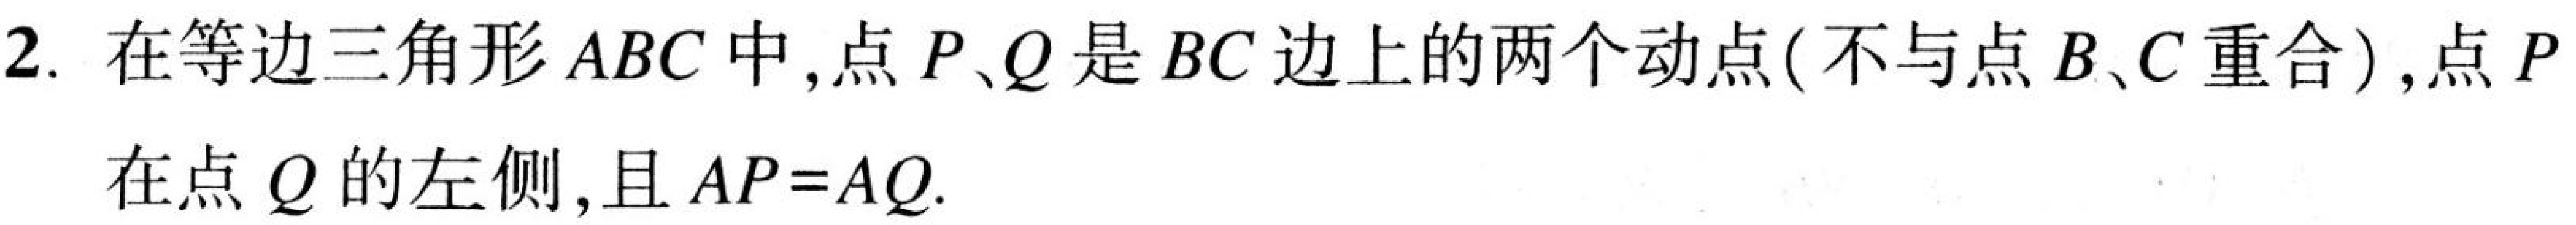
2. 在等边三角形 \(ABC\) 中,点 \(P、Q\) 是 \(BC\) 边上的两个动点(不与点 \(B、C\) 重合),点 \(P\)在点 \(Q\) 的左侧,且 \(AP = AQ\).